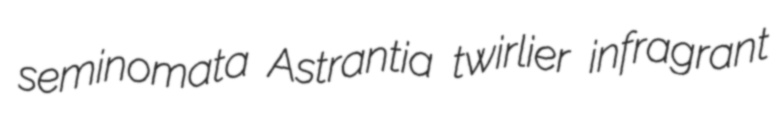
seminomata Astrantia twirlier infragrant